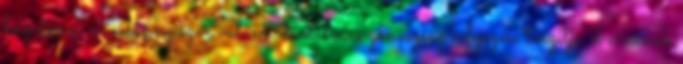
hazatérve, mindannyiszor valami diadalmas gonoszság kifejezése torzítja el arcának